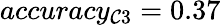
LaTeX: accuracy_{\mathcal{C}3}=0.37